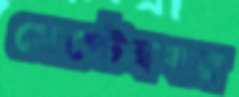
সেপ্টেম্ববর